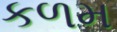
કળમ